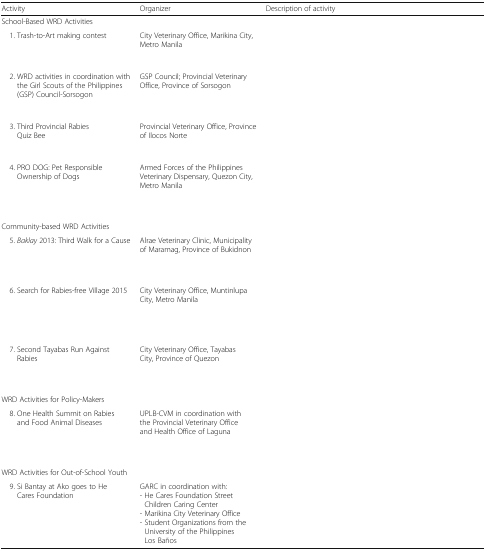
<table><thead><tr><td><b>Activity</b></td><td><b>Organizer</b></td><td><b>Description of activity</b></td></tr></thead><tbody><tr><td colspan="3">School-Based WRD Activities</td></tr><tr><td> 1. Trash-to-Art making contest</td><td>City Veterinary Office, Marikina City, Metro Manila</td><td>[EMPTY_CELL]</td></tr><tr><td> 2. WRD activities in coordination with the Girl Scouts of the Philippines (GSP) Council-Sorsogon</td><td>GSP Council; Provincial Veterinary Office, Province of Sorsogon</td><td>[EMPTY_CELL]</td></tr><tr><td> 3. Third Provincial Rabies Quiz Bee</td><td>Provincial Veterinary Office, Province of Ilocos Norte</td><td>[EMPTY_CELL]</td></tr><tr><td> 4. PRO DOG: Pet Responsible Ownership of Dogs</td><td>Armed Forces of the Philippines Veterinary Dispensary, Quezon City, Metro Manila</td><td>[EMPTY_CELL]</td></tr><tr><td colspan="3">Community-based WRD Activities</td></tr><tr><td> 5. <i>Baklay</i> 2013: Third Walk for a Cause</td><td>Alrae Veterinary Clinic, Municipality of Maramag, Province of Bukidnon</td><td>[EMPTY_CELL]</td></tr><tr><td> 6. Search for Rabies-free Village 2015</td><td>City Veterinary Office, Muntinlupa City, Metro Manila</td><td>[EMPTY_CELL]</td></tr><tr><td> 7. Second Tayabas Run Against Rabies</td><td>City Veterinary Office, Tayabas City, Province of Quezon</td><td>[EMPTY_CELL]</td></tr><tr><td colspan="3">WRD Activities for Policy-Makers</td></tr><tr><td> 8. One Health Summit on Rabies and Food Animal Diseases</td><td>UPLB-CVM in coordination with the Provincial Veterinary Office and Health Office of Laguna</td><td>[EMPTY_CELL]</td></tr><tr><td colspan="3">WRD Activities for Out-of-School Youth</td></tr><tr><td> 9. Si Bantay at Ako goes to He Cares Foundation</td><td>GARC in coordination with:- He Cares Foundation Street Children Caring Center- Marikina City Veterinary Office- Student Organizations from the University of the Philippines Los Baños</td><td>[EMPTY_CELL]</td></tr></tbody></table>